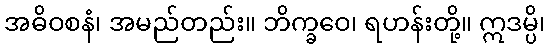
အဓိဝစနံ၊ အမည်တည်း။ ဘိက္ခဝေ၊ ရဟန်းတို့။ ဣဒမ္ပိ၊